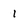
Character: 1